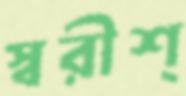
স্বরীশ্